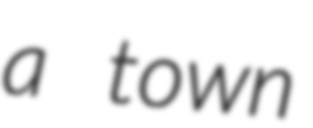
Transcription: a town